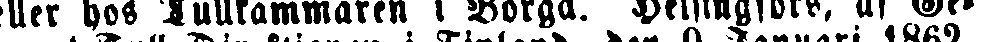
eller hos Tullkammaren i Borgå. Helsingfors, af Ge-